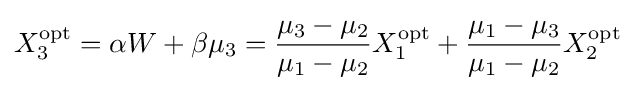
X_{3}^{\mathrm {opt} }=\alpha W+\beta \mu _{3}={\frac {\mu _{3}-\mu _{2}}{\mu _{1}-\mu _{2}}}X_{1}^{\mathrm {opt} }+{\frac {\mu _{1}-\mu _{3}}{\mu _{1}-\mu _{2}}}X_{2}^{\mathrm {opt} }